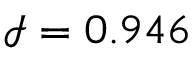
\mathcal { I } = 0 . 9 4 6